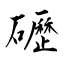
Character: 礰